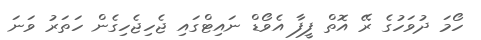
ހޯމަ ދުވަހުގެ ރޭ އޮތް ފީފާ އެވޯޑް ނައިޓްގައި ޖެހިޖެހިގެން ހަތަރު ވަނަ